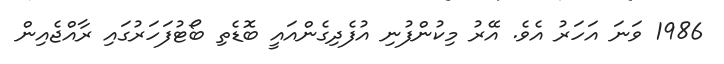
1986 ވަނަ އަހަރު އެވެ. އޭރު މިކުންފުނި އުފެދިގެންއައީ ބޮޑެތި ބޯޓުފަހަރުގައި ރާއްޖެއިން